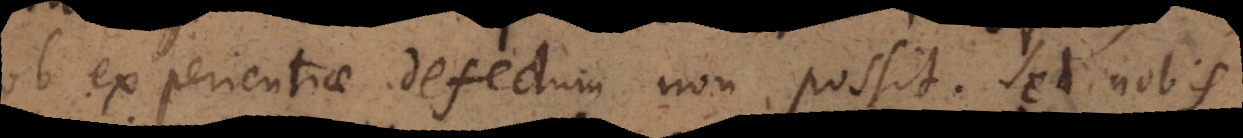
ob experientiae defectum non possit. Sed nobis